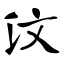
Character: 汶